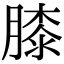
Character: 膝